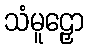
သံမူဠှော